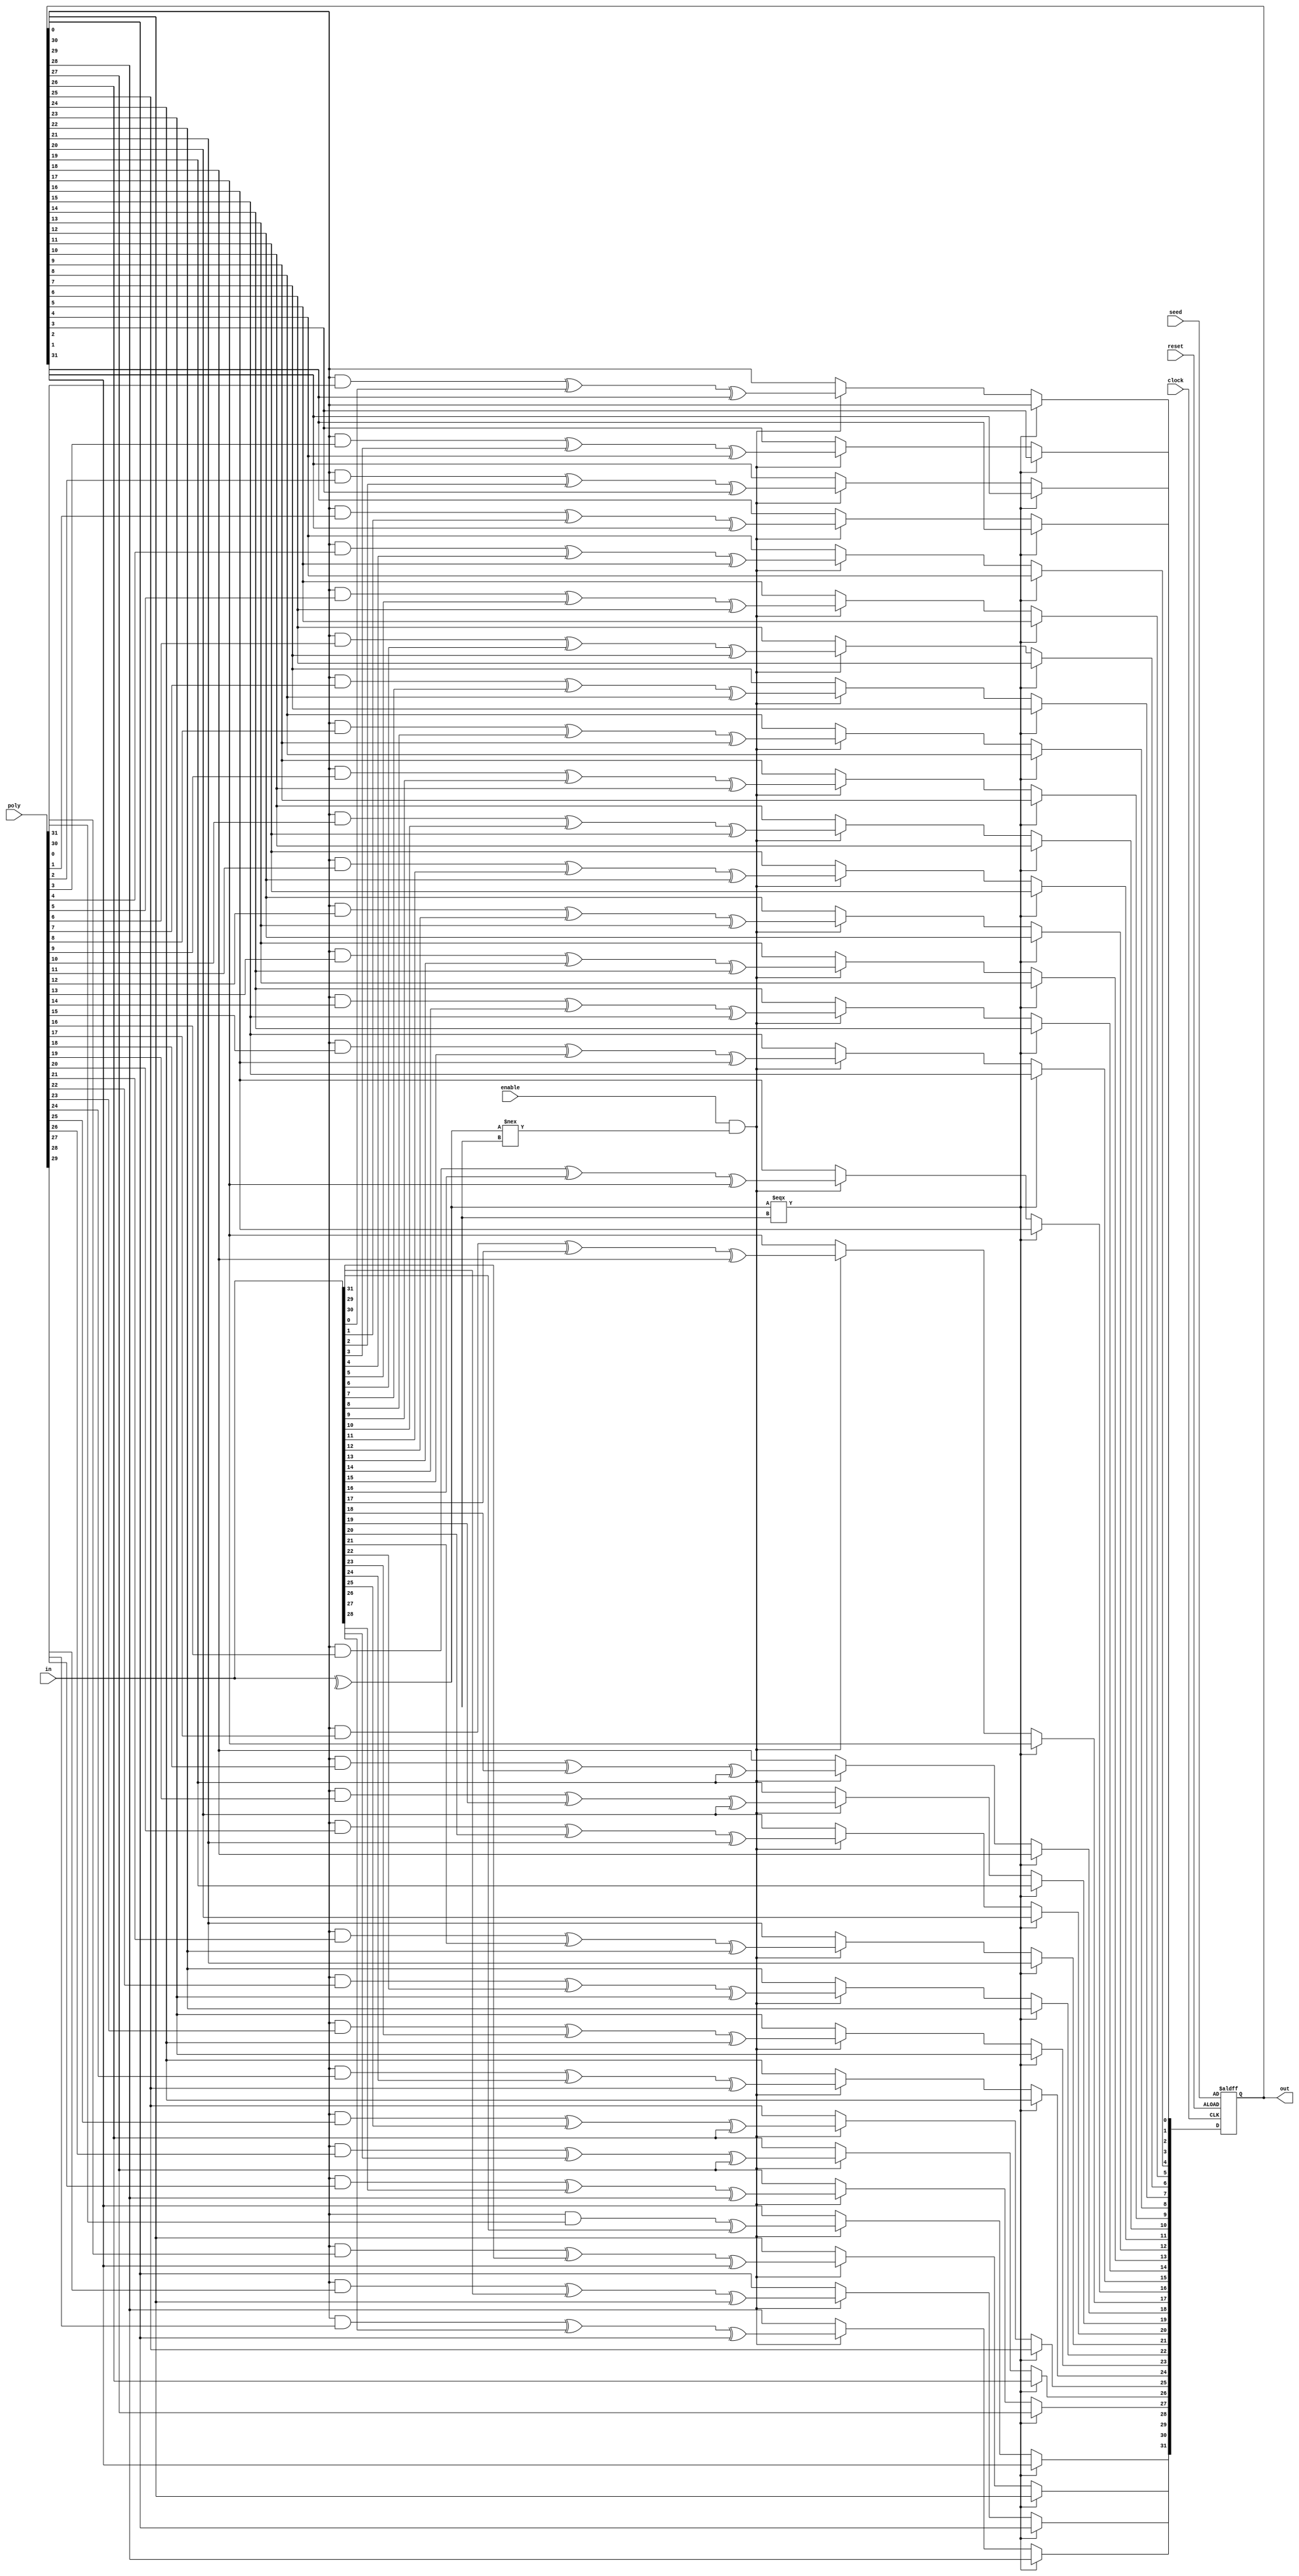
module SSDS_misr #(parameter n = 32)
			(input 
				clock, 
				reset, 
				enable,
			input [n-1:0] 
				poly,
				seed,
				in,
			output 
			 	reg [n-1:0] out
			);
			integer i;
			reg [n-1:0] prev_out;
	
	always @(posedge clock, posedge reset) begin
		if (reset == 1'b1)
			out <= seed;
		else if (^in === 1'bx)
			out <= prev_out;
		else if (enable == 1'b1 && ^in !== 1'bx) begin
			out[n-1] <= (out[0] & poly [n-1]) ^ in[n-1];
			for(i=0; i < n-1; i=i+1) begin
				out[i] <= (out[0]&poly[i]) ^ in[i] ^ out[i+1];
			end
		end
	end
	always @(out) begin
		prev_out <= out;
	end
endmodule